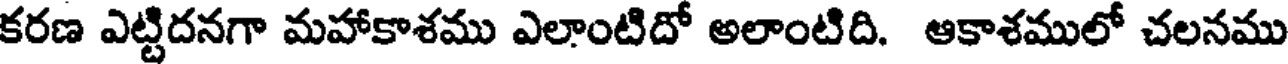
కరణ ఎట్టిదనగా మహాకాశము ఎలాంటిదో అలాంటిది. ఆకాశములో చలనము